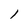
Character: 1